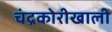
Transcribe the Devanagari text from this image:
चंद्रकोरीखाली